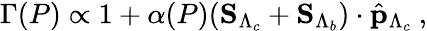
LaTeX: \Gamma(P)\propto 1+\alpha(P)({\mathbf S}_{\Lambda_{c}}+{\mathbf S}_{\Lambda_{b}})\cdot\hat{\mathbf p}_{\Lambda_{c}}~,